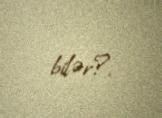
bilər?.